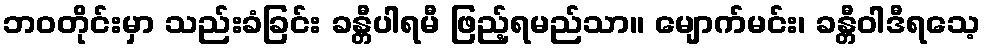
ဘဝတိုင်းမှာ သည်းခံခြင်း ခန္တီပါရမီ ဖြည့်ရမည်သာ။ မျောက်မင်း၊ ခန္တီဝါဒီရသေ့